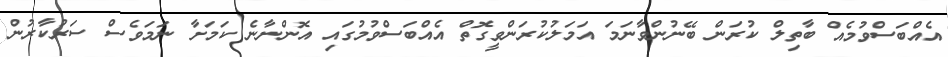
އެއްބަސްވުމެއް ބާތިލް ކުރަން ބޭނުންވާނަމަ އަމަލުކުރަންވީގޮތް އެއްބަސްވުމުގައި އޮންނާނެ ކަމަށާ ނަމަވެސް ސަރުކާރުން